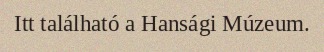
Itt található a Hansági Múzeum.